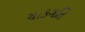
ચાકગતિ